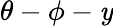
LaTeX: \theta-\phi-\mathit{y}